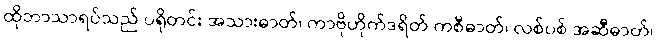
ထိုဘာသာရပ်သည် ပရိုတင်း အသားဓာတ်၊ ကာဗိုဟိုက်ဒရိတ် ကစီဓာတ်၊ လစ်ပစ် အဆီဓာတ်၊